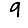
Digit: 9